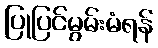
ပြုပြင်မွမ်းမံရန်